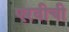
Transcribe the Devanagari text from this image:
एरवीची